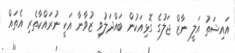
އައިޝަތު އަލީ ނާޒް ޖަލުގެ ގޮޅިއަކުން ބައްދަލުވި ޒުވާނާ އަކީ ނުރައްކާތެރި އެތައް